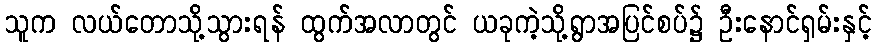
သူက လယ်တောသို့သွားရန် ထွက်အလာတွင် ယခုကဲ့သို့ရွာအပြင်စပ်၌ ဦးနောင်ရှမ်းနှင့်